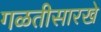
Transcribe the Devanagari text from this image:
गळतीसारखे